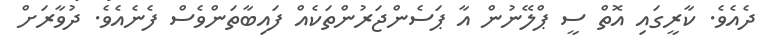
ދެއެވެ. ކާރީގައި އޮތް ސީ ޕްލޭނުން އާ ޕަސެންޖަރުންތަކެއް ފައިބާތަންވެސް ފެނެއެވެ. ދުވާރަށް